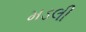
મડલી